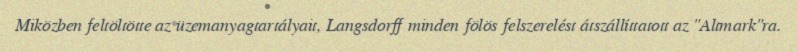
Miközben feltöltötte az üzemanyagtartályait, Langsdorff minden fölös felszerelést átszállíttatott az "Altmark"ra.